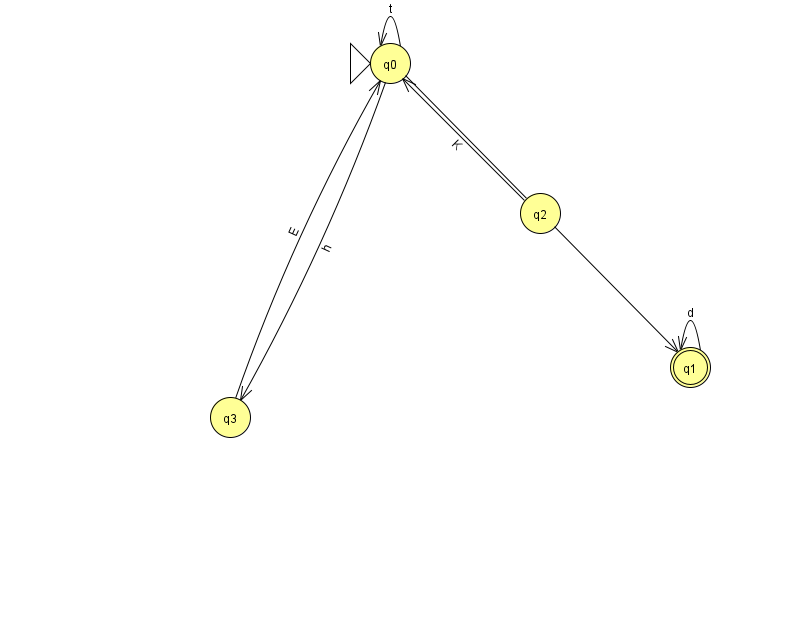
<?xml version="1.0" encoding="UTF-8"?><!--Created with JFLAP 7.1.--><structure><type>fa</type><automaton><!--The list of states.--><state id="0" name="q0"><x>390.0</x><y>50.0</y><initial/></state><state id="1" name="q1"><x>690.0</x><y>354.0</y><final/></state><state id="2" name="q2"><x>540.0</x><y>200.0</y></state><state id="3" name="q3"><x>230.0</x><y>404.0</y></state><!--The list of transitions.--><transition><from>0</from><to>0</to><read>t</read></transition><transition><from>1</from><to>1</to><read>d</read></transition><transition><from>0</from><to>1</to><read>j</read></transition><transition><from>3</from><to>0</to><read>E</read></transition><transition><from>0</from><to>3</to><read>h</read></transition><transition><from>2</from><to>0</to><read>K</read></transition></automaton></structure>